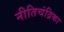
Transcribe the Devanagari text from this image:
नीतिचंद्रिका